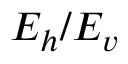
E _ { h } / E _ { v }